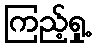
ကြည့်ရှု့